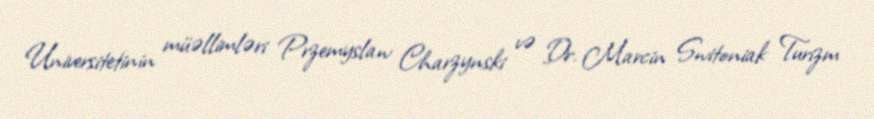
Universitetinin müəllimləri Przemyslaw Charzynski və Dr. Marcin Switoniak Turizm